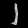
Digit: ၂